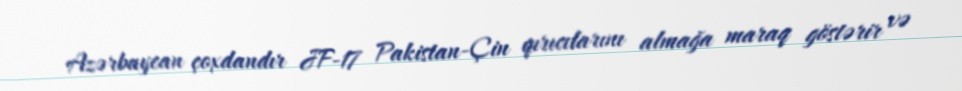
Azərbaycan çoxdandır JF-17 Pakistan-Çin qırıcılarını almağa maraq göstərir və